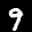
Label: 9